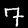
Label: 7